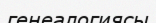
генеалогиясы